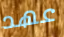
عهد